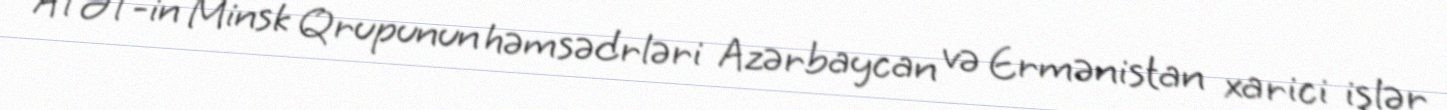
ATƏT-in Minsk Qrupunun həmsədrləri Azərbaycan və Ermənistan xarici işlər